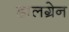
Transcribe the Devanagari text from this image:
डालग्रेन